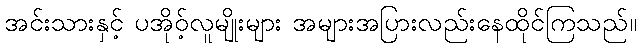
အင်းသားနှင့် ပအိုဝ့်လူမျိုးများ အများအပြားလည်းနေထိုင်ကြသည်။